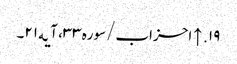
۱۹. ↑ احزاب/سوره۳۳، آیه۲۱۔